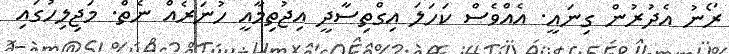
ރޯނު އެދުރުން ގިނައީ. އެއްވެސް ކަހަލަ އިގްތިސާދީ އިޖުތިމާއީ ހުނަރެއް ނެތް. މަޖިލިހުގައި